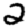
Digit: 2